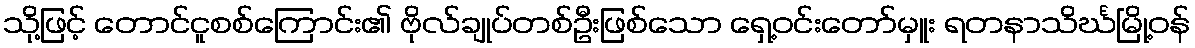
သို့ဖြင့် တောင်ငူစစ်ကြောင်း၏ ဗိုလ်ချုပ်တစ်ဦးဖြစ်သော ရှေ့ဝင်းတော်မှူး ရတနာသိင်္ဃမြို့ဝန်